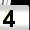
Digit: 4